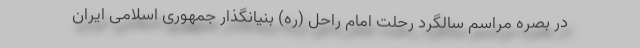
در بصره مراسم سالگرد رحلت امام راحل (ره) بنیانگذار جمهوری اسلامی ایران